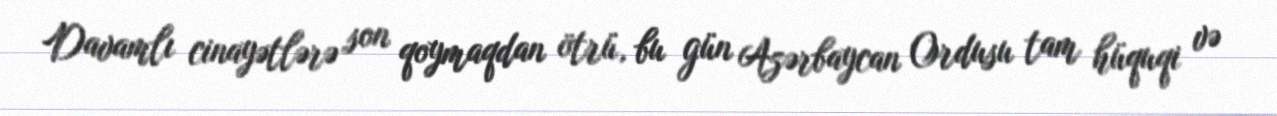
Davamlı cinayətlərə son qoymaqdan ötrü, bu gün Azərbaycan Ordusu tam hüquqi və